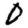
Digit: 0